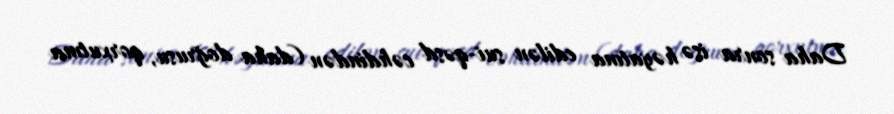
Daha sonra isə həyatına edilən sui-qəsd cəhdindən (daha doğrusu, qorxutma